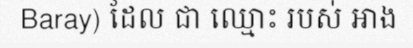
Baray) ដែល ជា ឈ្មោះ របស់ អាង